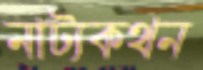
নাট্যকথন